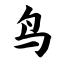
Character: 鸟